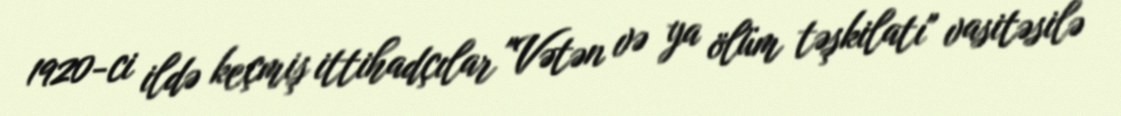
1920-ci ildə keçmiş ittihadçılar "Vətən və ya ölüm təşkilatı" vasitəsilə